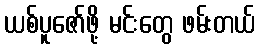
ယစ်ပူဇော်ဖို့ မင်းတွေ ဖမ်းတယ်